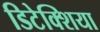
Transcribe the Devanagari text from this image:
डिटेक्शिया